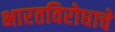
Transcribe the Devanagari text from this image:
भारतविरोधाचे